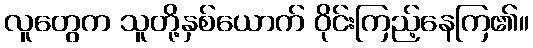
လူတွေက သူတို့နှစ်ယောက် ဝိုင်းကြည့်နေကြ၏။